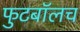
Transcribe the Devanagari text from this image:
फुटबाॅलच